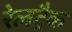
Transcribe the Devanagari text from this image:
रेलट्रैक